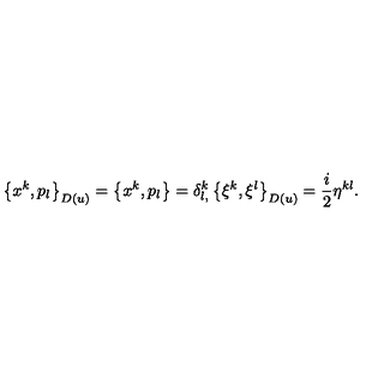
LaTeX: \left\{ x ^ { k } , p _ { l } \right\} _ { D ( u ) } = \left\{ x ^ { k } , p _ { l } \right\} = \delta _ { l , } ^ { k } \left\{ \xi ^ { k } , \xi ^ { l } \right\} _ { D ( u ) } = \frac { i } { 2 } \eta ^ { k l } .